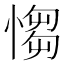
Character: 㥮